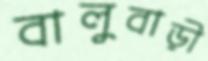
বালুবাড়ী